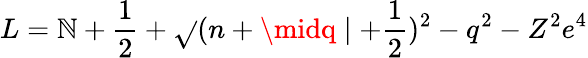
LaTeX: L=\mathbb{N}+\frac{1}{2}+\sqrt{}{{(n+\midq\mid+\frac{1}{2})^{2}-q^{2}-Z^{2}e^{4}}}